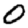
Digit: 0